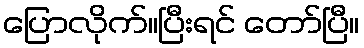
ပြောလိုက်။ပြီးရင် တော်ပြီ။